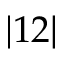
| 1 2 |